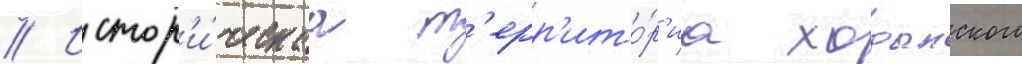
// Истор'и́ческаа т'ерр'ито́р'иа ходынского